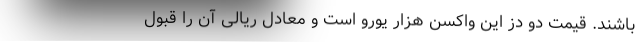
باشند. قیمت دو دز این واکسن هزار یورو است و معادل ریالی آن را قبول